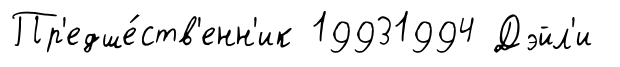
Пр'едше́ств'енн'ик 19931994 Дэйл'и